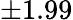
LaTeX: \pm 1.99